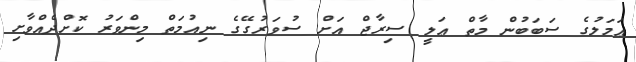
ޢަމަލުގެ ސަބަބުން މާތް ޢަލީ ސިރާޖް އަށް ސުވަރުގޭގެ ނިއުމަތް މިންވަރު ކޮށްދެއްވާށި